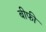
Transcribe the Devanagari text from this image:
बीफी